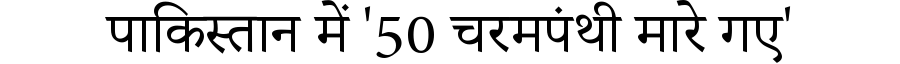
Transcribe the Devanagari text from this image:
पाकिस्तान में '50 चरमपंथी मारे गए'